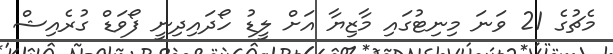
މެޗުގެ 21 ވަނަ މިނިޓުގައި މާޒިޔާ އަށް ލީޑު ހޯދައިދިނީ ފޯވަޑް ގުރެއިޝް